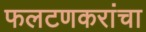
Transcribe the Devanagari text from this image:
फलटणकरांचा